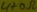
Text: 470Ω